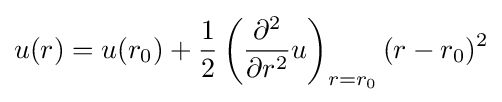
u(r)=u(r_{0})+{1 \over 2}\left({\partial ^{2} \over \partial r^{2}}u\right)_{r=r_{0}}(r-r_{0})^{2}